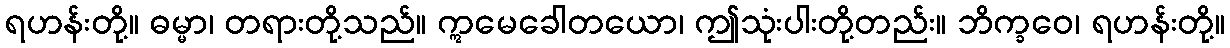
ရဟန်းတို့။ ဓမ္မာ၊ တရားတို့သည်။ ဣမေခေါတယော၊ ဤသုံးပါးတို့တည်း။ ဘိက္ခဝေ၊ ရဟန်းတို့။